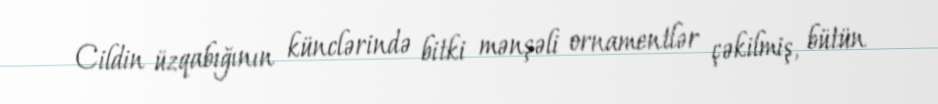
Cildin üzqabığının künclərində bitki mənşəli ornamentlər çəkilmiş, bütün